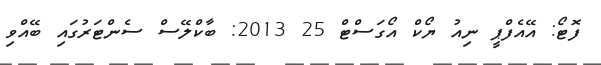
ފޮޓޯ: އޭއެފްޕީ ނިއު ޔޯކް އޯގަސްޓް 25 2013: ބާކްލޭސް ސެންޓަރުގައި ބޭއްވި